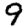
Digit: 9